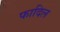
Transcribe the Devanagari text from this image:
फादिल